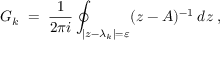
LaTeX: G _ { k } \; = \; \frac { 1 } { 2 \pi i } \oint _ { | z - \lambda _ { k } | = \varepsilon } ( z - A ) ^ { - 1 } \: d z \; ,